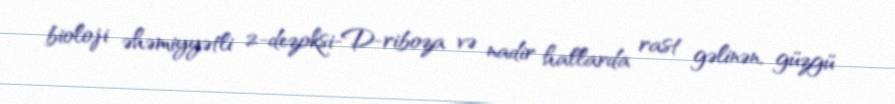
bioloji əhəmiyyətli 2-dezoksi-D-riboza və nadir hallarda rast gəlinən, güzgü